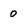
Character: 0